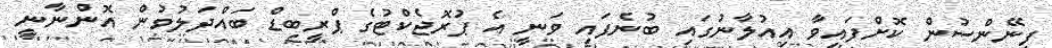
ފިނޭންސުން ކޮށްފައިވާ އިއުލާނުގައި ބުނެފައި ވަނީ އެ ޕުރޮޖެކްޓުގެ ޕްރީބިޑް ބައްދަލުވުން އޮންނާނީ